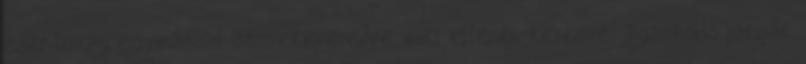
ezer lovag egymással összekeveredve, kiki ellenét keresve: ágaskodó paripák